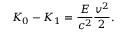
K _ { 0 } - K _ { 1 } = { \frac { E } { c ^ { 2 } } } { \frac { v ^ { 2 } } { 2 } } .